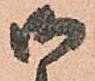
御